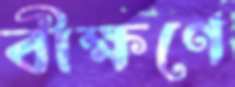
বীক্ষণে